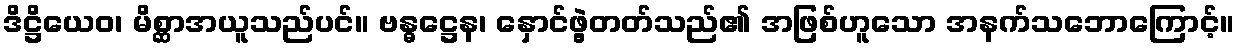
ဒိဋ္ဌိယေဝ၊ မိစ္ဆာအယူသည်ပင်။ ဗန္ဓဋ္ဌေန၊ နှောင်ဖွဲ့တတ်သည်၏ အဖြစ်ဟူသော အနက်သဘောကြောင့်။